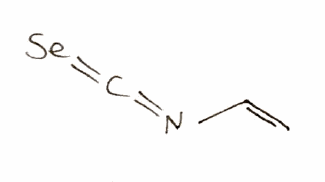
Simplified molecular-input line-entry system (SMILES) notation of the given molecule:
C=CN=C=[Se]